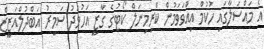
އެ މައްސަލާގައި ހުކުމް އިއްވަވަމުން ކްރިމިނަލް ކޯޓުގެ ގާޒީ އަހުމަދު ސަމީރު އަބްދުލްއަޒީޒް